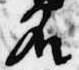
名